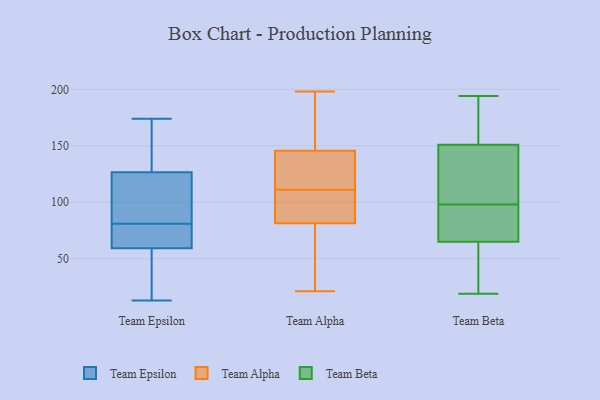
{"axis": {"x": "Production Output", "y": "Value"}, "legend": ["Team Alpha", "Team Beta", "Team Epsilon"], "data": [{"x": "", "y": 66, "type": "Team Epsilon"}, {"x": "", "y": 66, "type": "Team Epsilon"}, {"x": "", "y": 129, "type": "Team Epsilon"}, {"x": "", "y": 165, "type": "Team Epsilon"}, {"x": "", "y": 57, "type": "Team Epsilon"}, {"x": "", "y": 119, "type": "Team Epsilon"}, {"x": "", "y": 43, "type": "Team Epsilon"}, {"x": "", "y": 71, "type": "Team Epsilon"}, {"x": "", "y": 139, "type": "Team Epsilon"}, {"x": "", "y": 13, "type": "Team Epsilon"}, {"x": "", "y": 81, "type": "Team Epsilon"}, {"x": "", "y": 104, "type": "Team Epsilon"}, {"x": "", "y": 142, "type": "Team Epsilon"}, {"x": "", "y": 21, "type": "Team Epsilon"}, {"x": "", "y": 77, "type": "Team Epsilon"}, {"x": "", "y": 38, "type": "Team Epsilon"}, {"x": "", "y": 105, "type": "Team Epsilon"}, {"x": "", "y": 91, "type": "Team Epsilon"}, {"x": "", "y": 174, "type": "Team Epsilon"}, {"x": "", "y": 92, "type": "Team Alpha"}, {"x": "", "y": 144, "type": "Team Alpha"}, {"x": "", "y": 172, "type": "Team Alpha"}, {"x": "", "y": 81, "type": "Team Alpha"}, {"x": "", "y": 130, "type": "Team Alpha"}, {"x": "", "y": 138, "type": "Team Alpha"}, {"x": "", "y": 82, "type": "Team Alpha"}, {"x": "", "y": 146, "type": "Team Alpha"}, {"x": "", "y": 78, "type": "Team Alpha"}, {"x": "", "y": 198, "type": "Team Alpha"}, {"x": "", "y": 21, "type": "Team Alpha"}, {"x": "", "y": 181, "type": "Team Alpha"}, {"x": "", "y": 111, "type": "Team Alpha"}, {"x": "", "y": 150, "type": "Team Alpha"}, {"x": "", "y": 40, "type": "Team Alpha"}, {"x": "", "y": 105, "type": "Team Alpha"}, {"x": "", "y": 94, "type": "Team Alpha"}, {"x": "", "y": 116, "type": "Team Alpha"}, {"x": "", "y": 64, "type": "Team Alpha"}, {"x": "", "y": 37, "type": "Team Beta"}, {"x": "", "y": 83, "type": "Team Beta"}, {"x": "", "y": 140, "type": "Team Beta"}, {"x": "", "y": 187, "type": "Team Beta"}, {"x": "", "y": 44, "type": "Team Beta"}, {"x": "", "y": 98, "type": "Team Beta"}, {"x": "", "y": 141, "type": "Team Beta"}, {"x": "", "y": 194, "type": "Team Beta"}, {"x": "", "y": 93, "type": "Team Beta"}, {"x": "", "y": 72, "type": "Team Beta"}, {"x": "", "y": 107, "type": "Team Beta"}, {"x": "", "y": 93, "type": "Team Beta"}, {"x": "", "y": 181, "type": "Team Beta"}, {"x": "", "y": 112, "type": "Team Beta"}, {"x": "", "y": 19, "type": "Team Beta"}, {"x": "", "y": 185, "type": "Team Beta"}, {"x": "", "y": 26, "type": "Team Beta"}]}